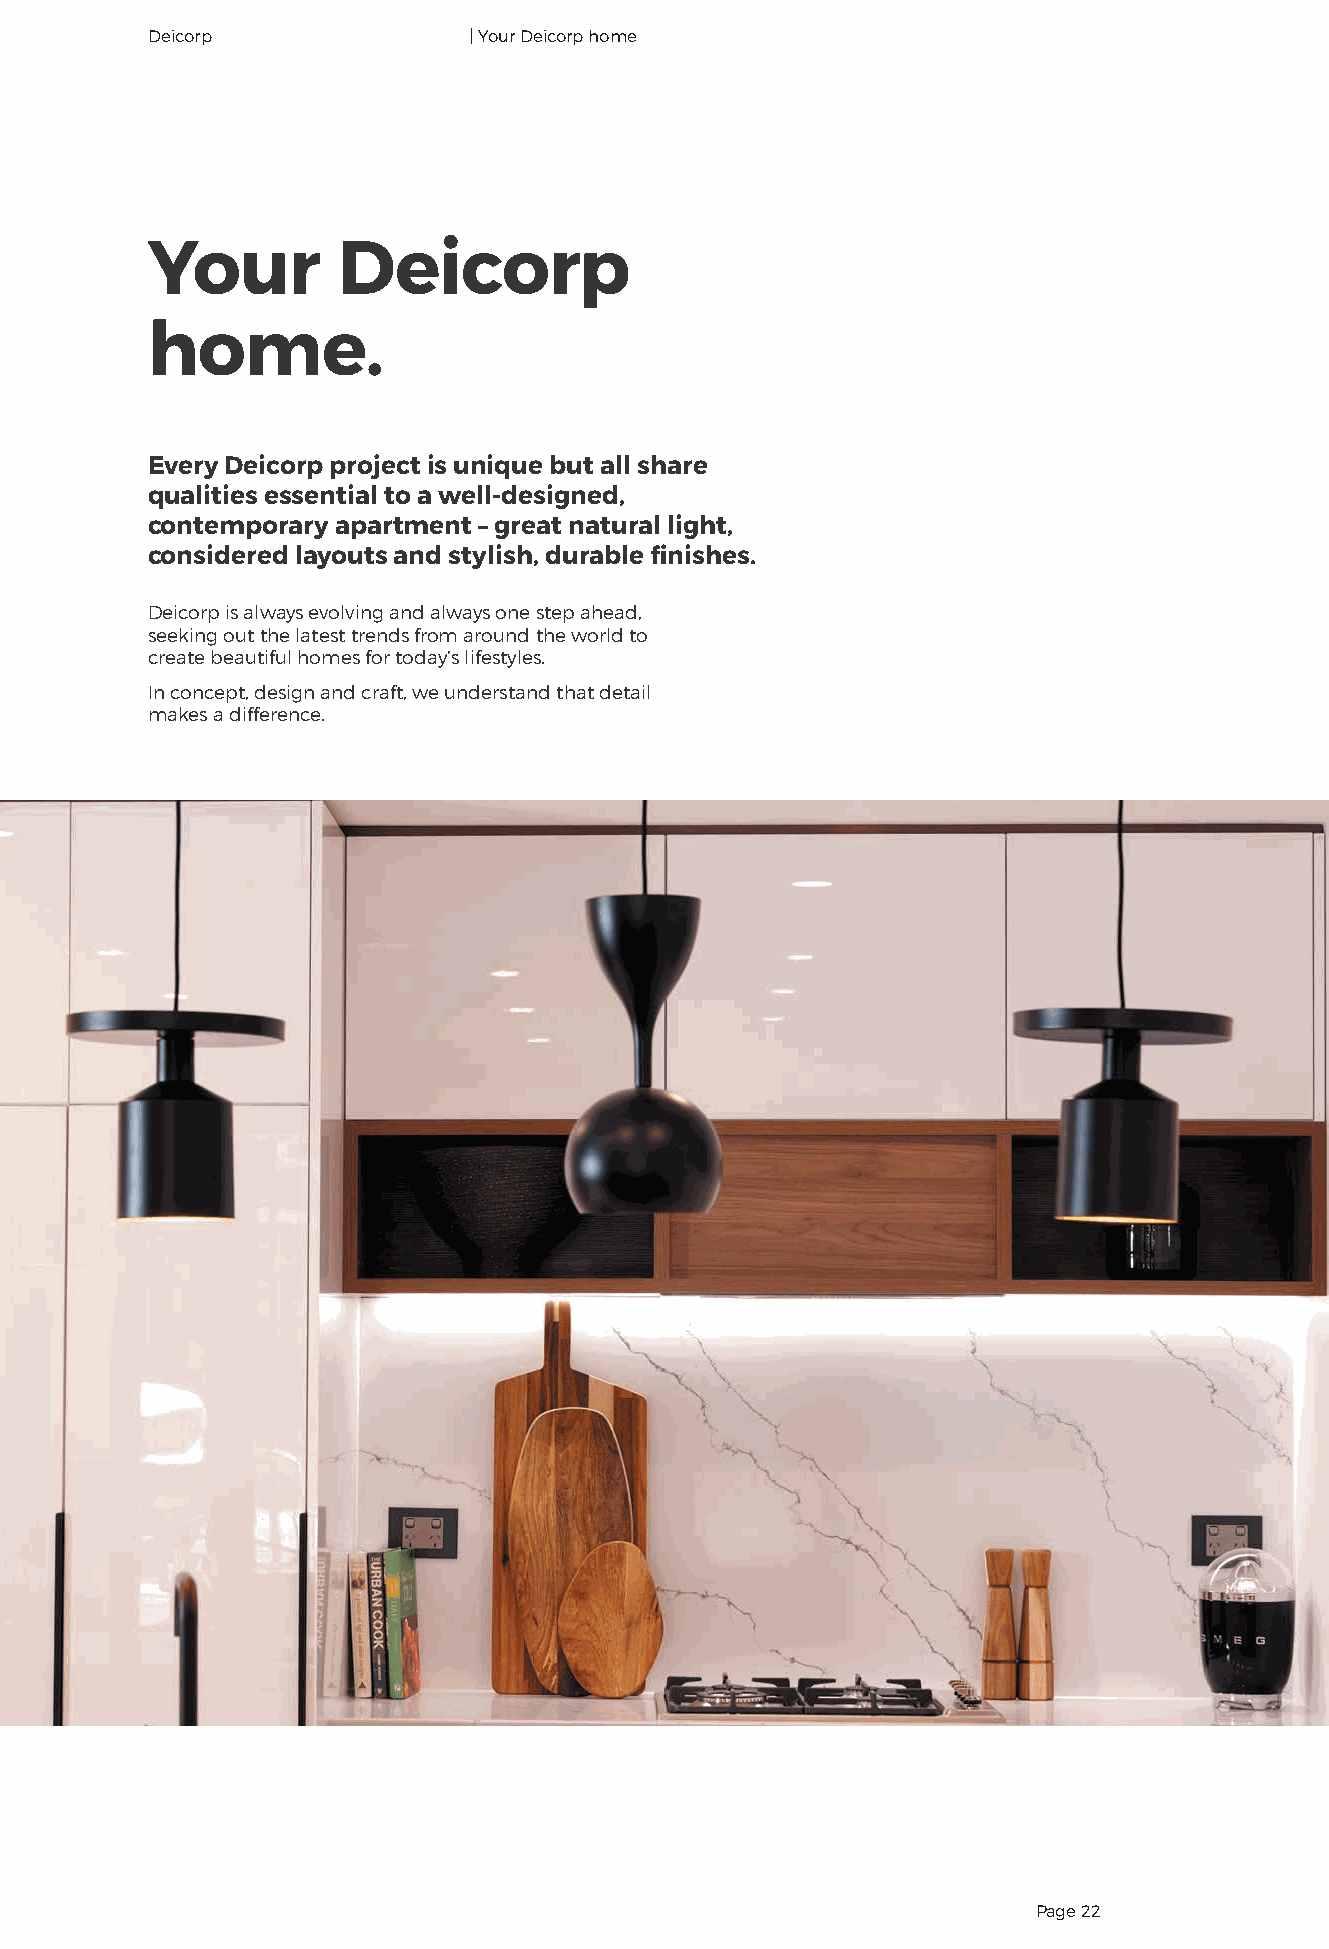
Deicorp              | Your Deicorp home
 Your        Deicorp
 home.
 Every Deicorp project is unique but all share
 qualities essential to a well-designed,
 contemporary apartment – great natural light,
 considered layouts and stylish, durable finishes.
 Deicorp is always evolving and always one step ahead,
 seeking out the latest trends from around the world to
 create beautiful homes for today’s lifestyles.
 In concept, design and craft, we understand that detail
 makes a difference.
 Page 22